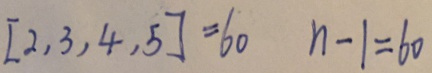
[ 2 , 3 , 4 , 5 ] = 6 0 n - 1 = 6 0